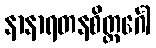
နာနာရတနစိတ္တင်္ဂေါ